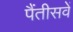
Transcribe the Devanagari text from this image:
पैंतीसवें